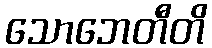
သောဘေတီတိ